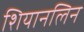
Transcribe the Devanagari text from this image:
शियानलिन